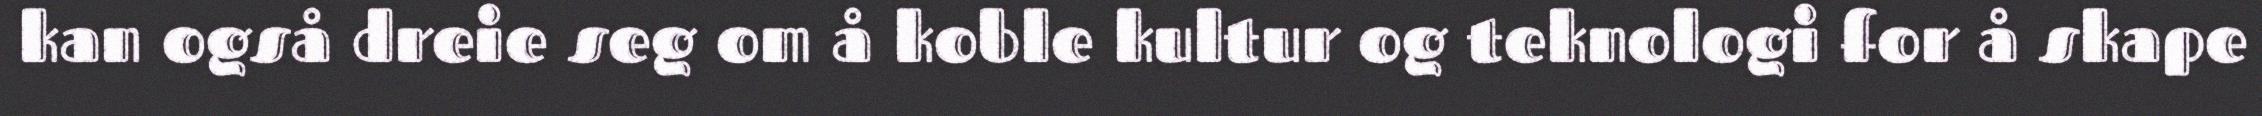
kan også dreie seg om å koble kultur og teknologi for å skape